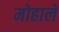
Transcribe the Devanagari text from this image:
मोहाले